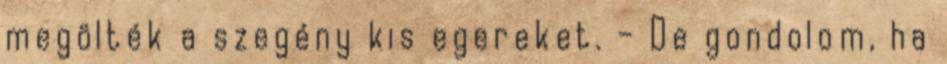
megölték a szegény kis egereket. – De gondolom, ha